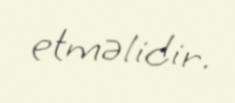
etməlidir.